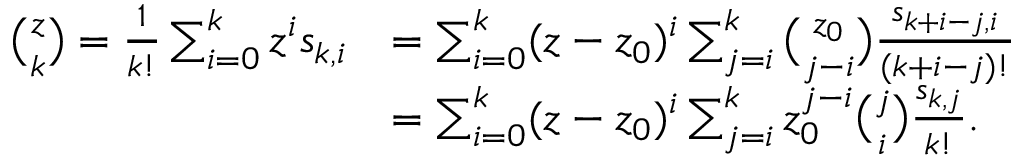
{ \begin{array} { r l } { { \binom { z } { k } } = { \frac { 1 } { k ! } } \sum _ { i = 0 } ^ { k } z ^ { i } s _ { k , i } } & { = \sum _ { i = 0 } ^ { k } ( z - z _ { 0 } ) ^ { i } \sum _ { j = i } ^ { k } { \binom { z _ { 0 } } { j - i } } { \frac { s _ { k + i - j , i } } { ( k + i - j ) ! } } } \\ & { = \sum _ { i = 0 } ^ { k } ( z - z _ { 0 } ) ^ { i } \sum _ { j = i } ^ { k } z _ { 0 } ^ { j - i } { \binom { j } { i } } { \frac { s _ { k , j } } { k ! } } . } \end{array} }